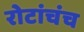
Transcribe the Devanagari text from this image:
रोटांचंच